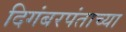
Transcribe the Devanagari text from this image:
दिगंबरपंताच्या